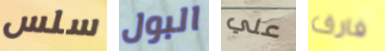
سلس البول علي فارق